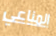
المناعي